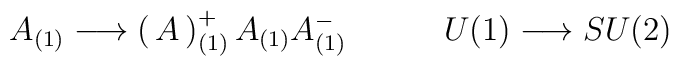
A_{(1)} \longrightarrow   \begin{pmatrix} A^+_{(1)} \\ A_{(1)} \\A^-_{(1)}\end{pmatrix}   \qquad \quad U(1) \longrightarrow SU(2)